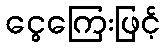
ငွေကြေးဖြင့်